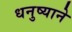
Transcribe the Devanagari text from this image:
धनुष्याने